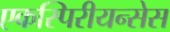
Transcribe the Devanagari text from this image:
एकस्पिरीयन्सेस